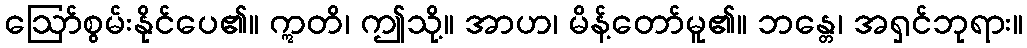
ဩော်စွမ်းနိုင်ပေ၏။ ဣတိ၊ ဤသို့။ အာဟ၊ မိန့်တော်မူ၏။ ဘန္တေ၊ အရှင်ဘုရား။